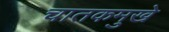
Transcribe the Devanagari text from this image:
चातकमुखे